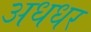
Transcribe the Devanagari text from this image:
अधधर